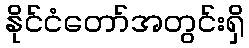
နိုင်ငံတော်အတွင်းရှိ